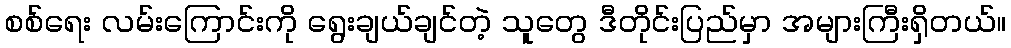
စစ်ရေး လမ်းကြောင်းကို ရွေးချယ်ချင်တဲ့ သူတွေ ဒီတိုင်းပြည်မှာ အများကြီးရှိတယ်။